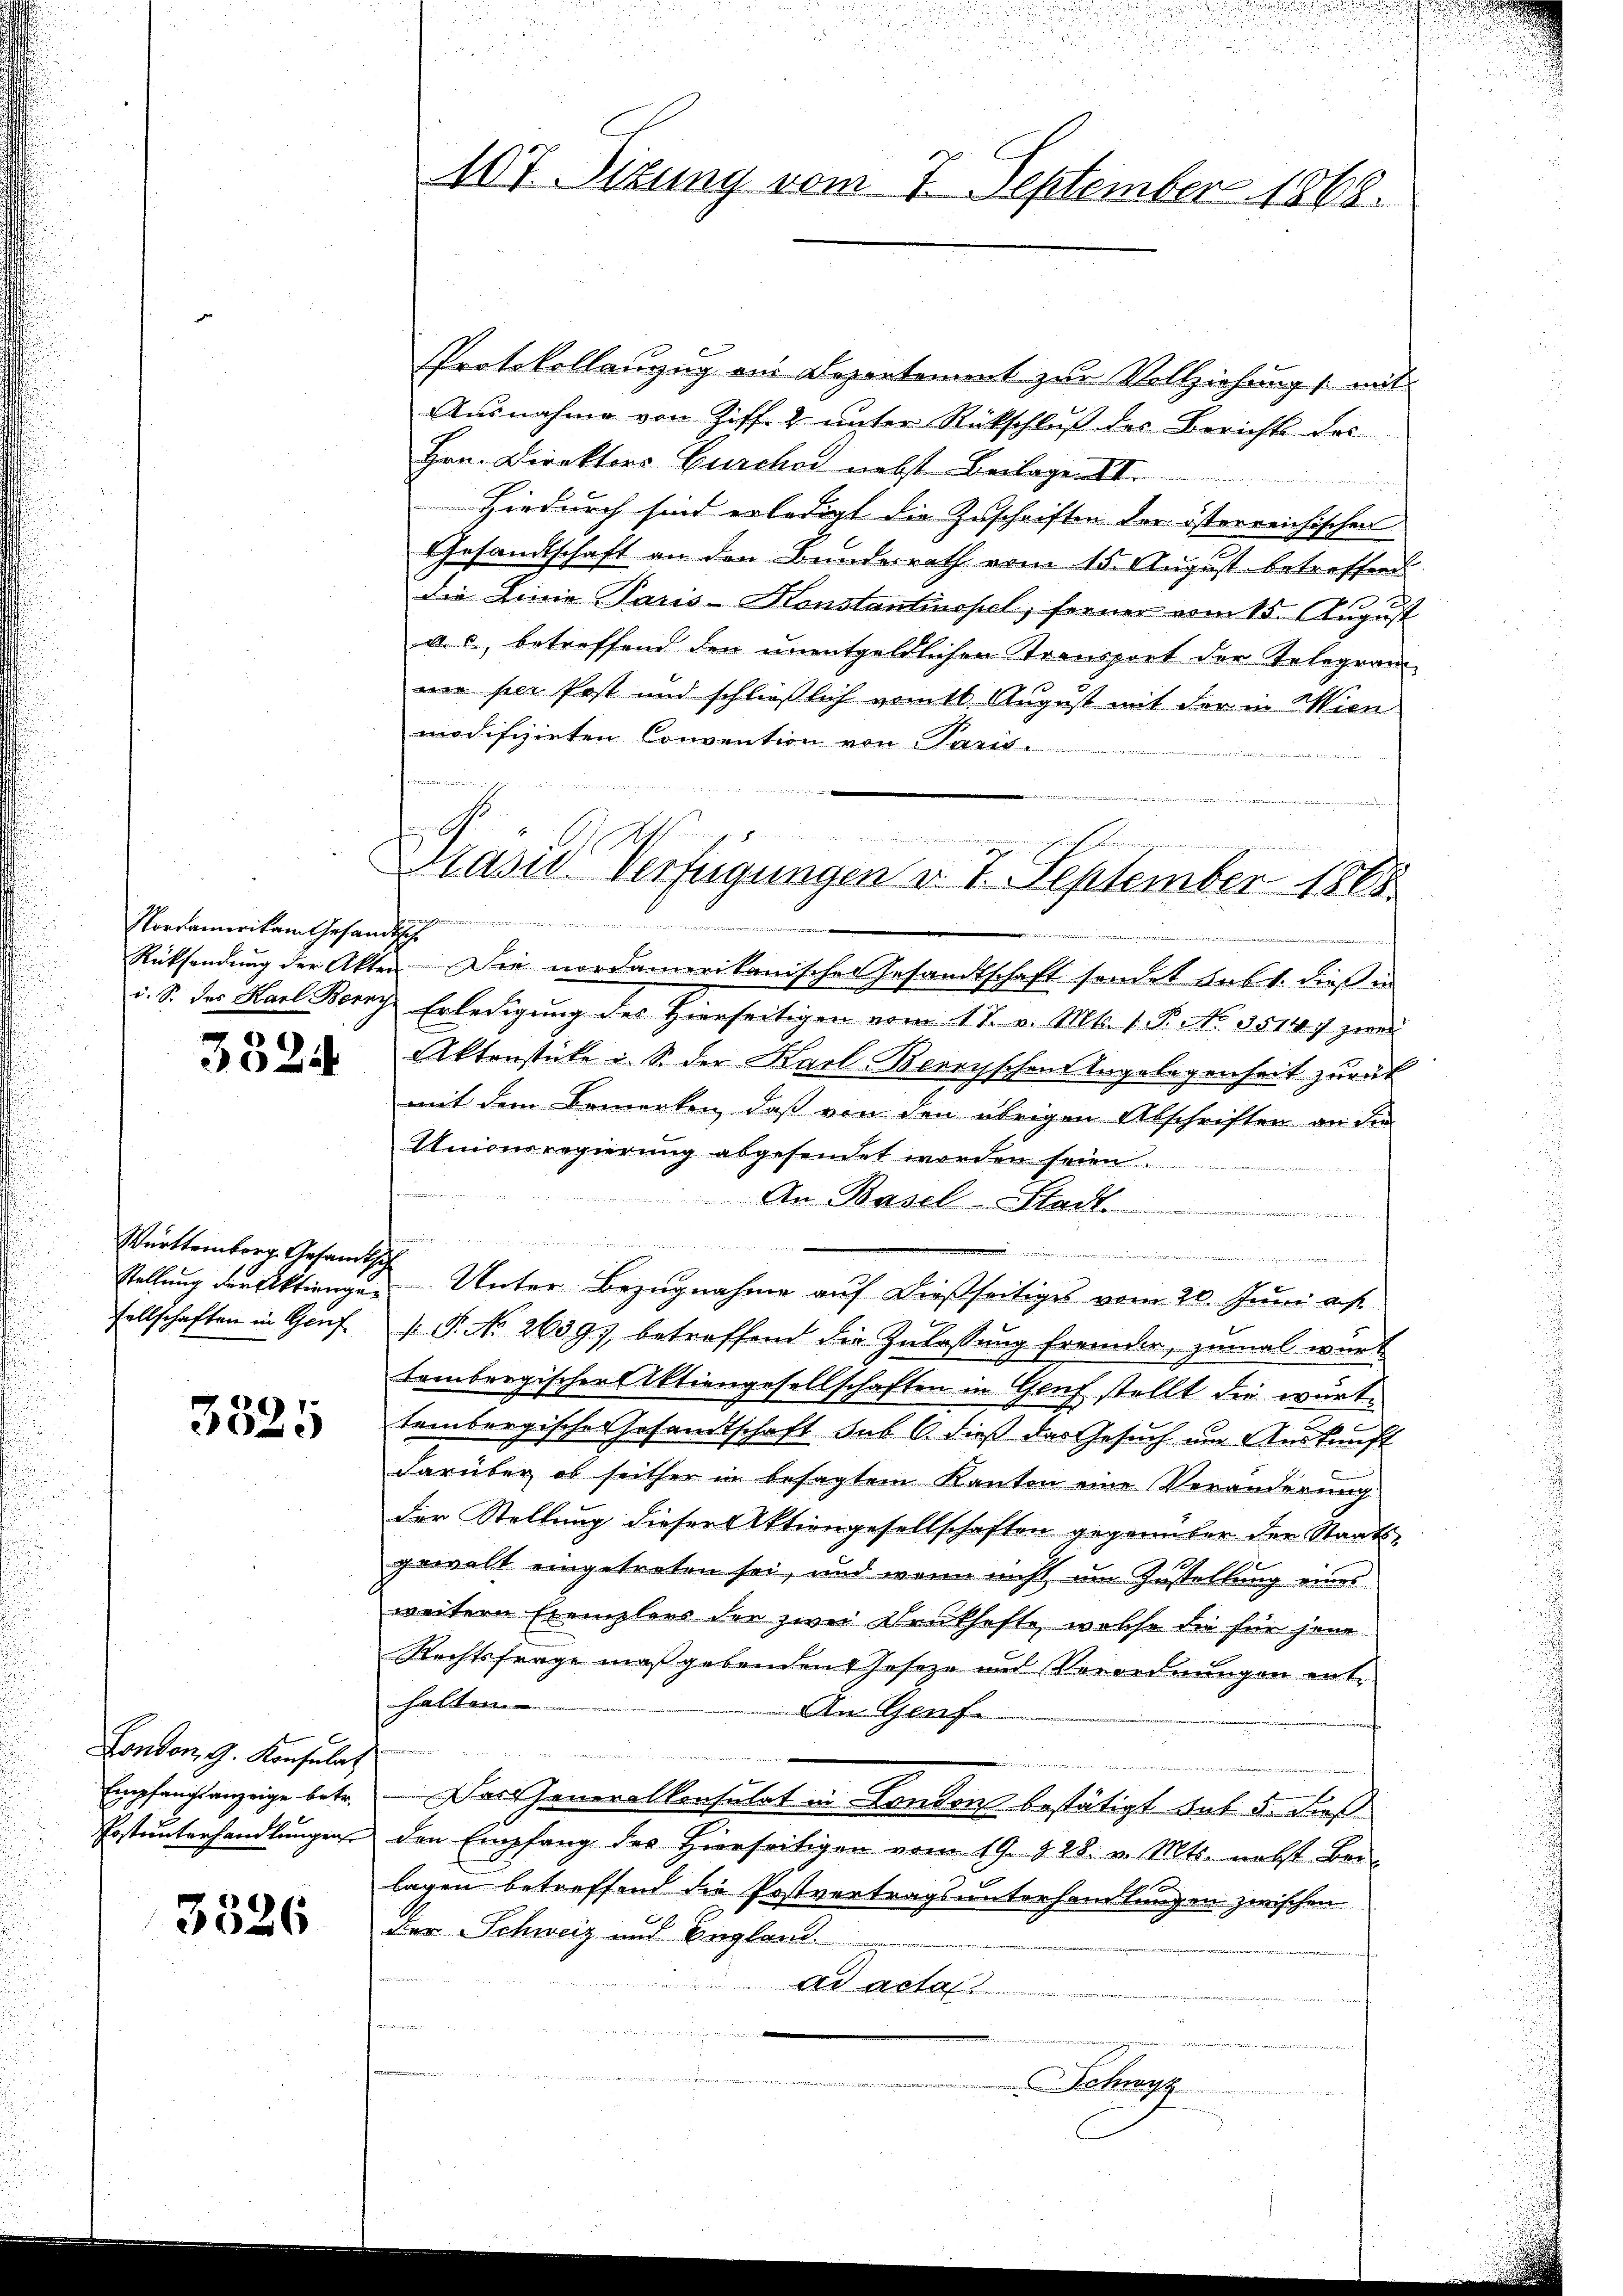
3324

Württemberg. Gesandtsch

3525

London, G. Konsulat
Empfangsanzeige betr.
Postunterhandlungen

3326

Protokollanzug aus Depentement zur Vollziehung mit
Ausnahme von Ziff. 2 unter Rückschluß des Berichts des
Hrn. Direktors Burcher nebst Beilagen.
Hiedurch sind erledigt die Zuschriften der österreichischen
Gesandtschaft an den Bundesrath vom 15. August betreffend
die Linie Paris - Konstantinopel, ferner vom 15. August
a. c., betreffend den unentgeldlichen Transport der Telegram
nie per Post und schließlich vom 16. August mit der in Wien
modifizirten Convention von Paris.
Pordamerikam Gesandt
Rücksendung der Akten. Die nordamerikanischen Gesandtschaft sondet lebt. dieß in
i. S. des Karl Berry Erledigung des Hierseitigen vom 17. v. Mts. 1. P. No. 3514) zwei
Aktenstücke u. S. der Karl Bernischen Angelegenheit zurück
mit dem Bemerken, daß von den übrigen Abschriften an die
Unionsregierung abgesendet worden seien
frommen
An Basel-Stadt ...................
E der Na
 dem
stellung der Aktiengen Unter Bezugnahme auf dießseitiges vom 20. Juni as
sellschaften in Genf P. No 26397 betreffend die Zulassŭng fremder, zumal würt
tembergischer Aktiengesellschaften in Genf stellt die warte
tembergische Gesandtschaft sub 6. dieß das Gesuch um Auskunft
darüber ob seither in besagtem Kanton eine Veränderung
der Stellung dieser Aktiengesellschaften gegenüber der Staatsgewalt eingetreten sei, und wenn nicht um Zustellung eines
weitere Exemplars der zwei Neukhafte, welche die für jene
Rechtsfrage maßgebenden Geseze und Vorordnungen enthalten.
An Genf

n
Das Generalkonfahrt in Condorst bestätigt das 5. Fuß
den Empfang des Hierseitigen vom 19. 828. v. Mts. nebst Bei-
lagen betreffend die Postvertragsuntersamlungen zwischen
der Schweiz und England.

ds actal
Schwyz

107. Sizung vom 7. September 1868.

G

Kasid. Verfügungen d. 7. September 1865.